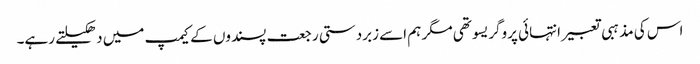
اس کی مذہبی تعبیر انتہائی پروگریسو تھی مگر ہم اسے زبردستی رجعت پسندوں کے کیمپ میں دھکیلتے رہے۔